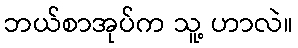
ဘယ်စာအုပ်က သူ့ ဟာလဲ။